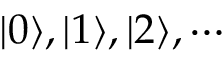
\vert 0 \rangle , \vert 1 \rangle , \vert 2 \rangle , \cdots